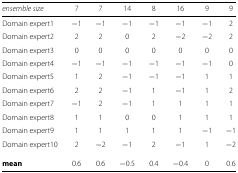
<table><thead><tr><td><b><i>ensemble size</i></b></td><td><b>7</b></td><td><b>7</b></td><td><b>14</b></td><td><b>8</b></td><td><b>16</b></td><td><b>9</b></td><td><b>9</b></td></tr></thead><tbody><tr><td>Domain expert1</td><td>−1</td><td>−1</td><td>−1</td><td>−1</td><td>−1</td><td>−1</td><td>2</td></tr><tr><td>Domain expert2</td><td>2</td><td>2</td><td>0</td><td>2</td><td>−2</td><td>−2</td><td>2</td></tr><tr><td>Domain expert3</td><td>0</td><td>0</td><td>0</td><td>0</td><td>0</td><td>0</td><td>0</td></tr><tr><td>Domain expert4</td><td>−1</td><td>−1</td><td>−1</td><td>−1</td><td>−1</td><td>−1</td><td>0</td></tr><tr><td>Domain expert5</td><td>1</td><td>2</td><td>−1</td><td>−1</td><td>−1</td><td>1</td><td>1</td></tr><tr><td>Domain expert6</td><td>2</td><td>2</td><td>−1</td><td>1</td><td>−1</td><td>1</td><td>2</td></tr><tr><td>Domain expert7</td><td>−1</td><td>2</td><td>−1</td><td>1</td><td>1</td><td>1</td><td>1</td></tr><tr><td>Domain expert8</td><td>1</td><td>1</td><td>0</td><td>0</td><td>1</td><td>1</td><td>1</td></tr><tr><td>Domain expert9</td><td>1</td><td>1</td><td>1</td><td>1</td><td>1</td><td>−1</td><td>−1</td></tr><tr><td>Domain expert10</td><td>2</td><td>−2</td><td>−1</td><td>2</td><td>−1</td><td>1</td><td>−2</td></tr><tr><td><b>mean</b></td><td>0.6</td><td>0.6</td><td>−0.5</td><td>0.4</td><td>−0.4</td><td>0</td><td>0.6</td></tr></tbody></table>